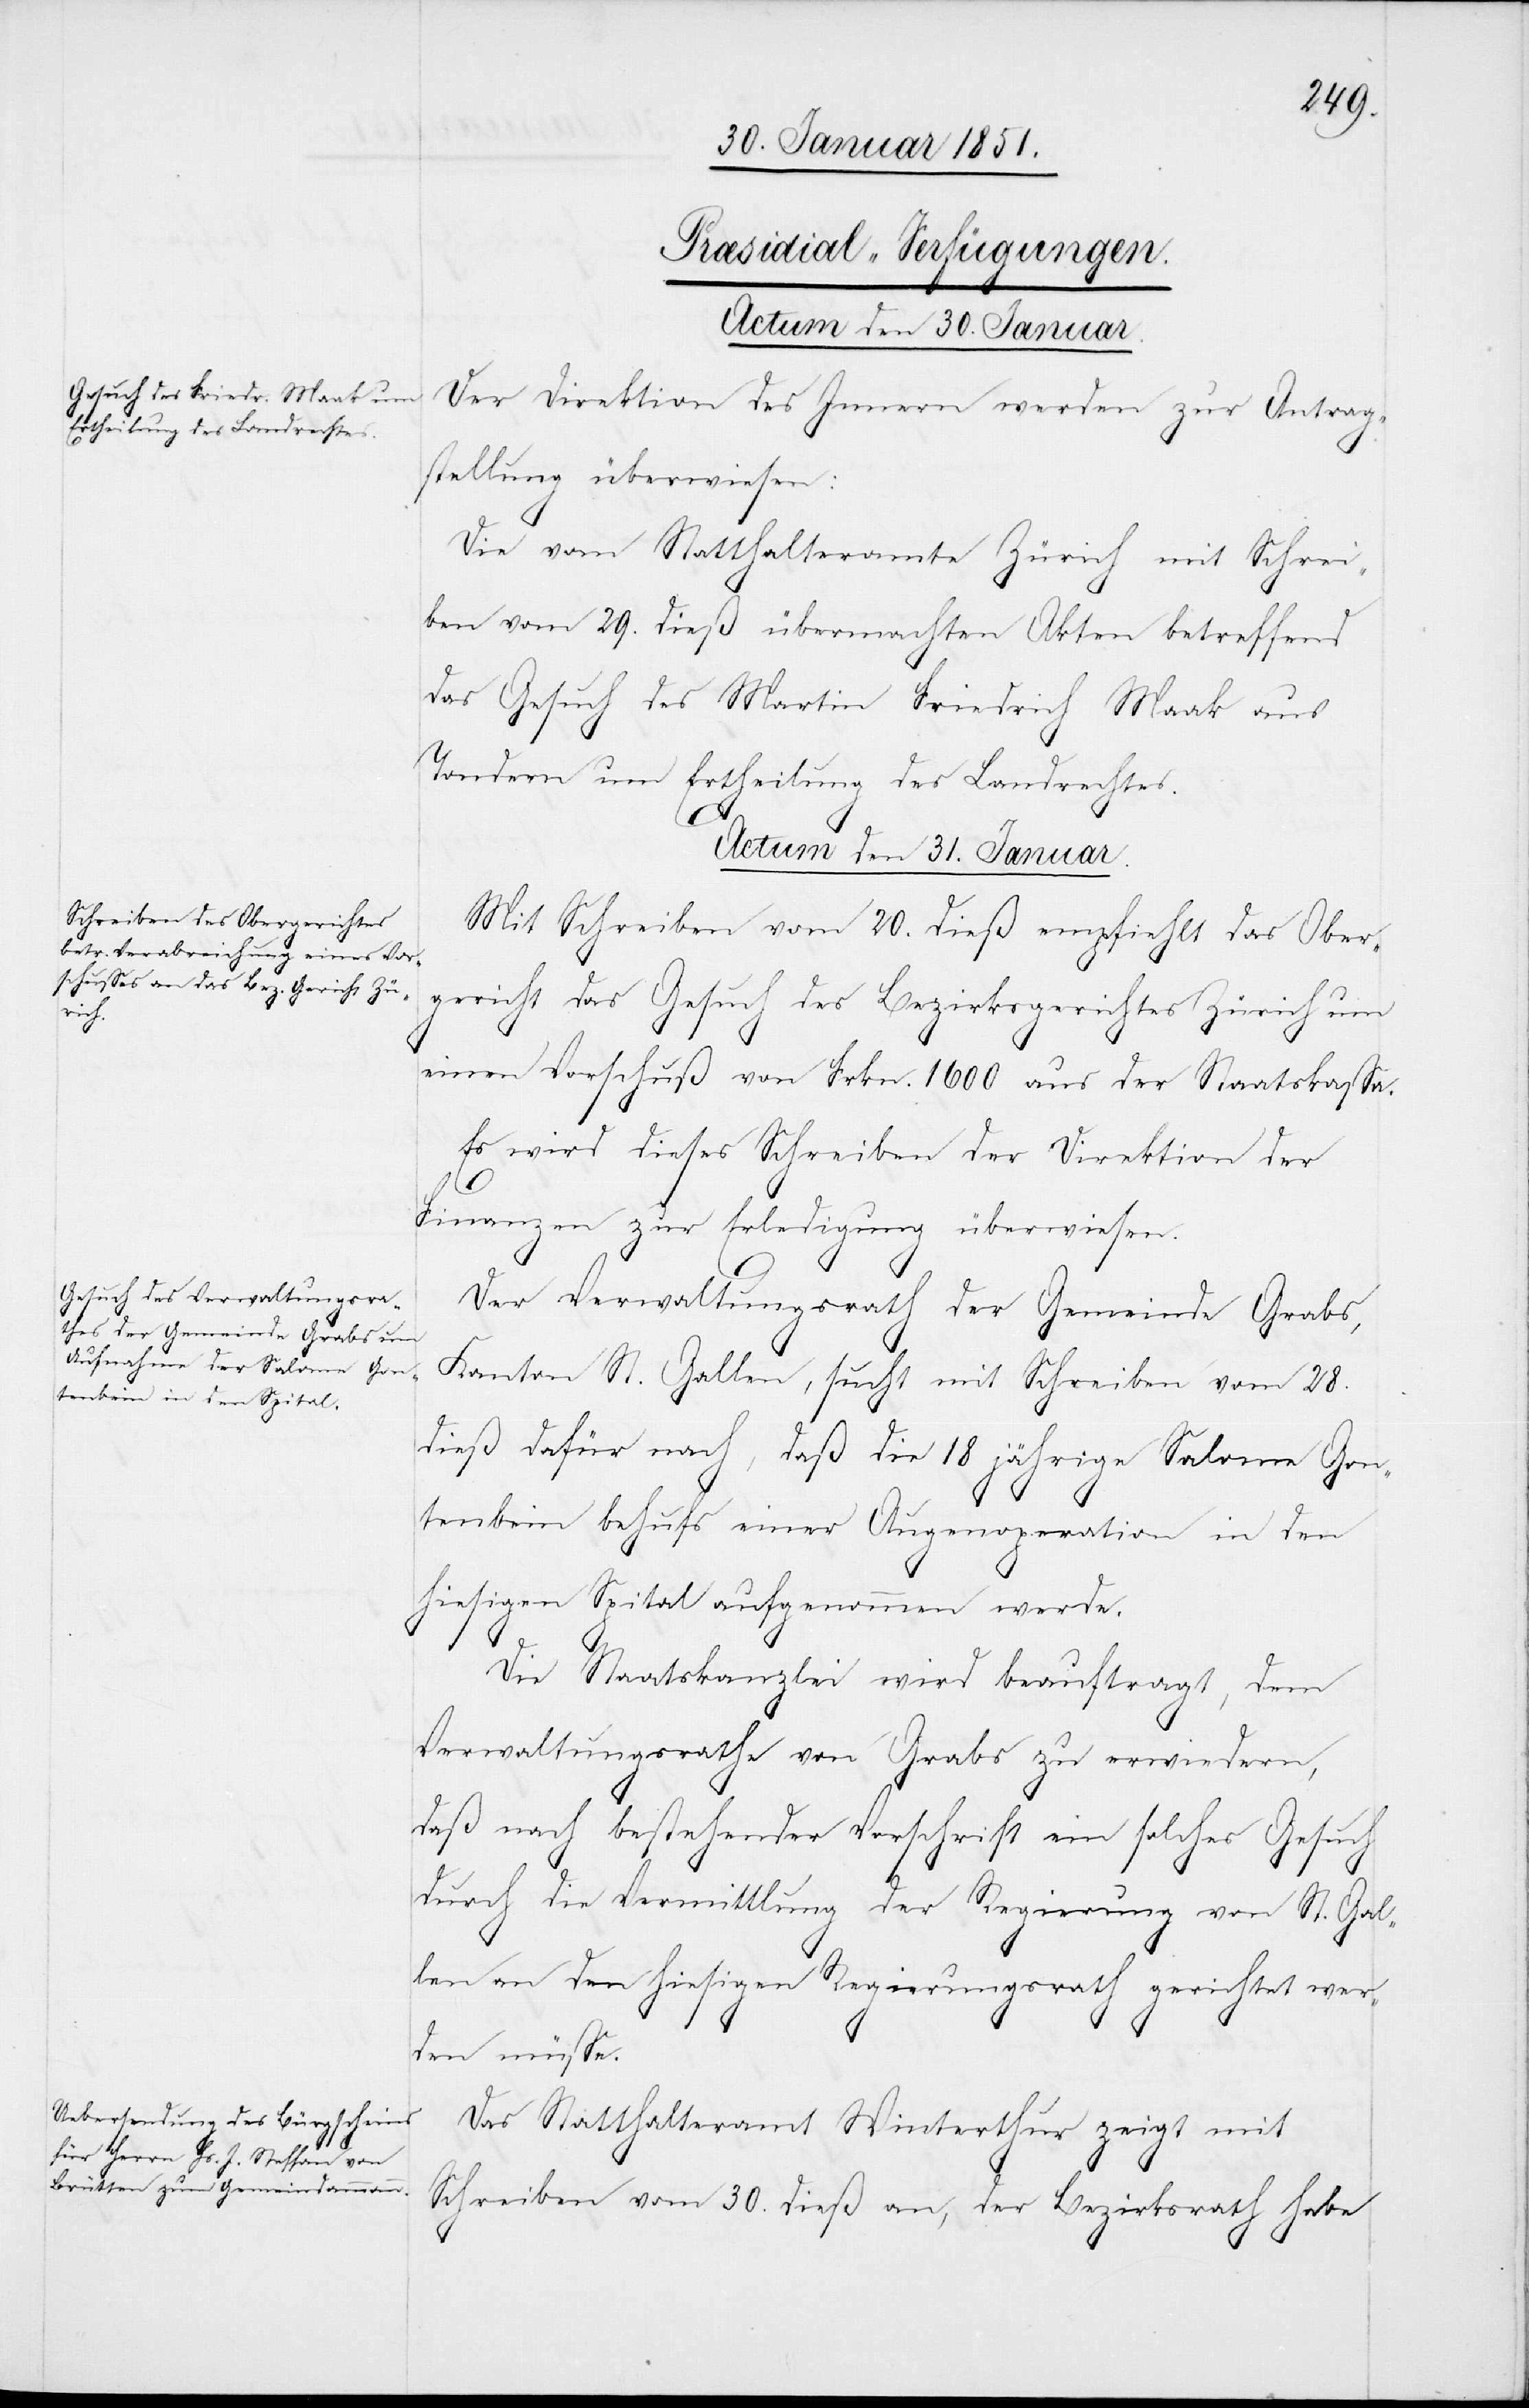
[Præsidial-Verfügungen.
Actum den 31. Januar.]
Der Direktion des Innern werden zur Antrag¬
stellung überwiesen:
Die vom Statthalteramte Zürich mit Schrei¬
ben vom 29. dieß übermachten Akten betreffend
das Gesuch des Martin Friedrich Maak [?
Tondern um Ertheilung des Landrechtes.
Mit Schreiben vom 20. dieß empfiehlt das Ober¬
gericht das Gesuch des Bezirksgerichtes Zürich um
einen Vorschuß von Frkn. 1600 aus der Staatskassa.
Es wird dieses Schreiben der Direktion der
Finanzen zur Erledigung überwiesen.
Der Verwaltungsrath der Gemeinde Grabs,
Kanton St. Gallen, sucht mit Schreiben vom 28.
dieß dafür nach, daß die 18 jährige Salome Gonten¬
Ga¬
ntenbein] behufs einer Augenoperation in den
hiesigen Spital aufgenommen werde.
Die Staatskanzlei wird beauftragt, dem
Verwaltungsrathe von Grabs zu erwiedern,
daß nach bestehender Vorschrift ein solches Gesuch
durch die Vermittlung der Regierung von St. Gal¬
len an den hiesigen Regierungsrath gerichtet wer¬
den müsse.
Das Statthalteramt Winterthur zeigt mit
Schreiben vom 30. dieß an, der Bezirksrath habe